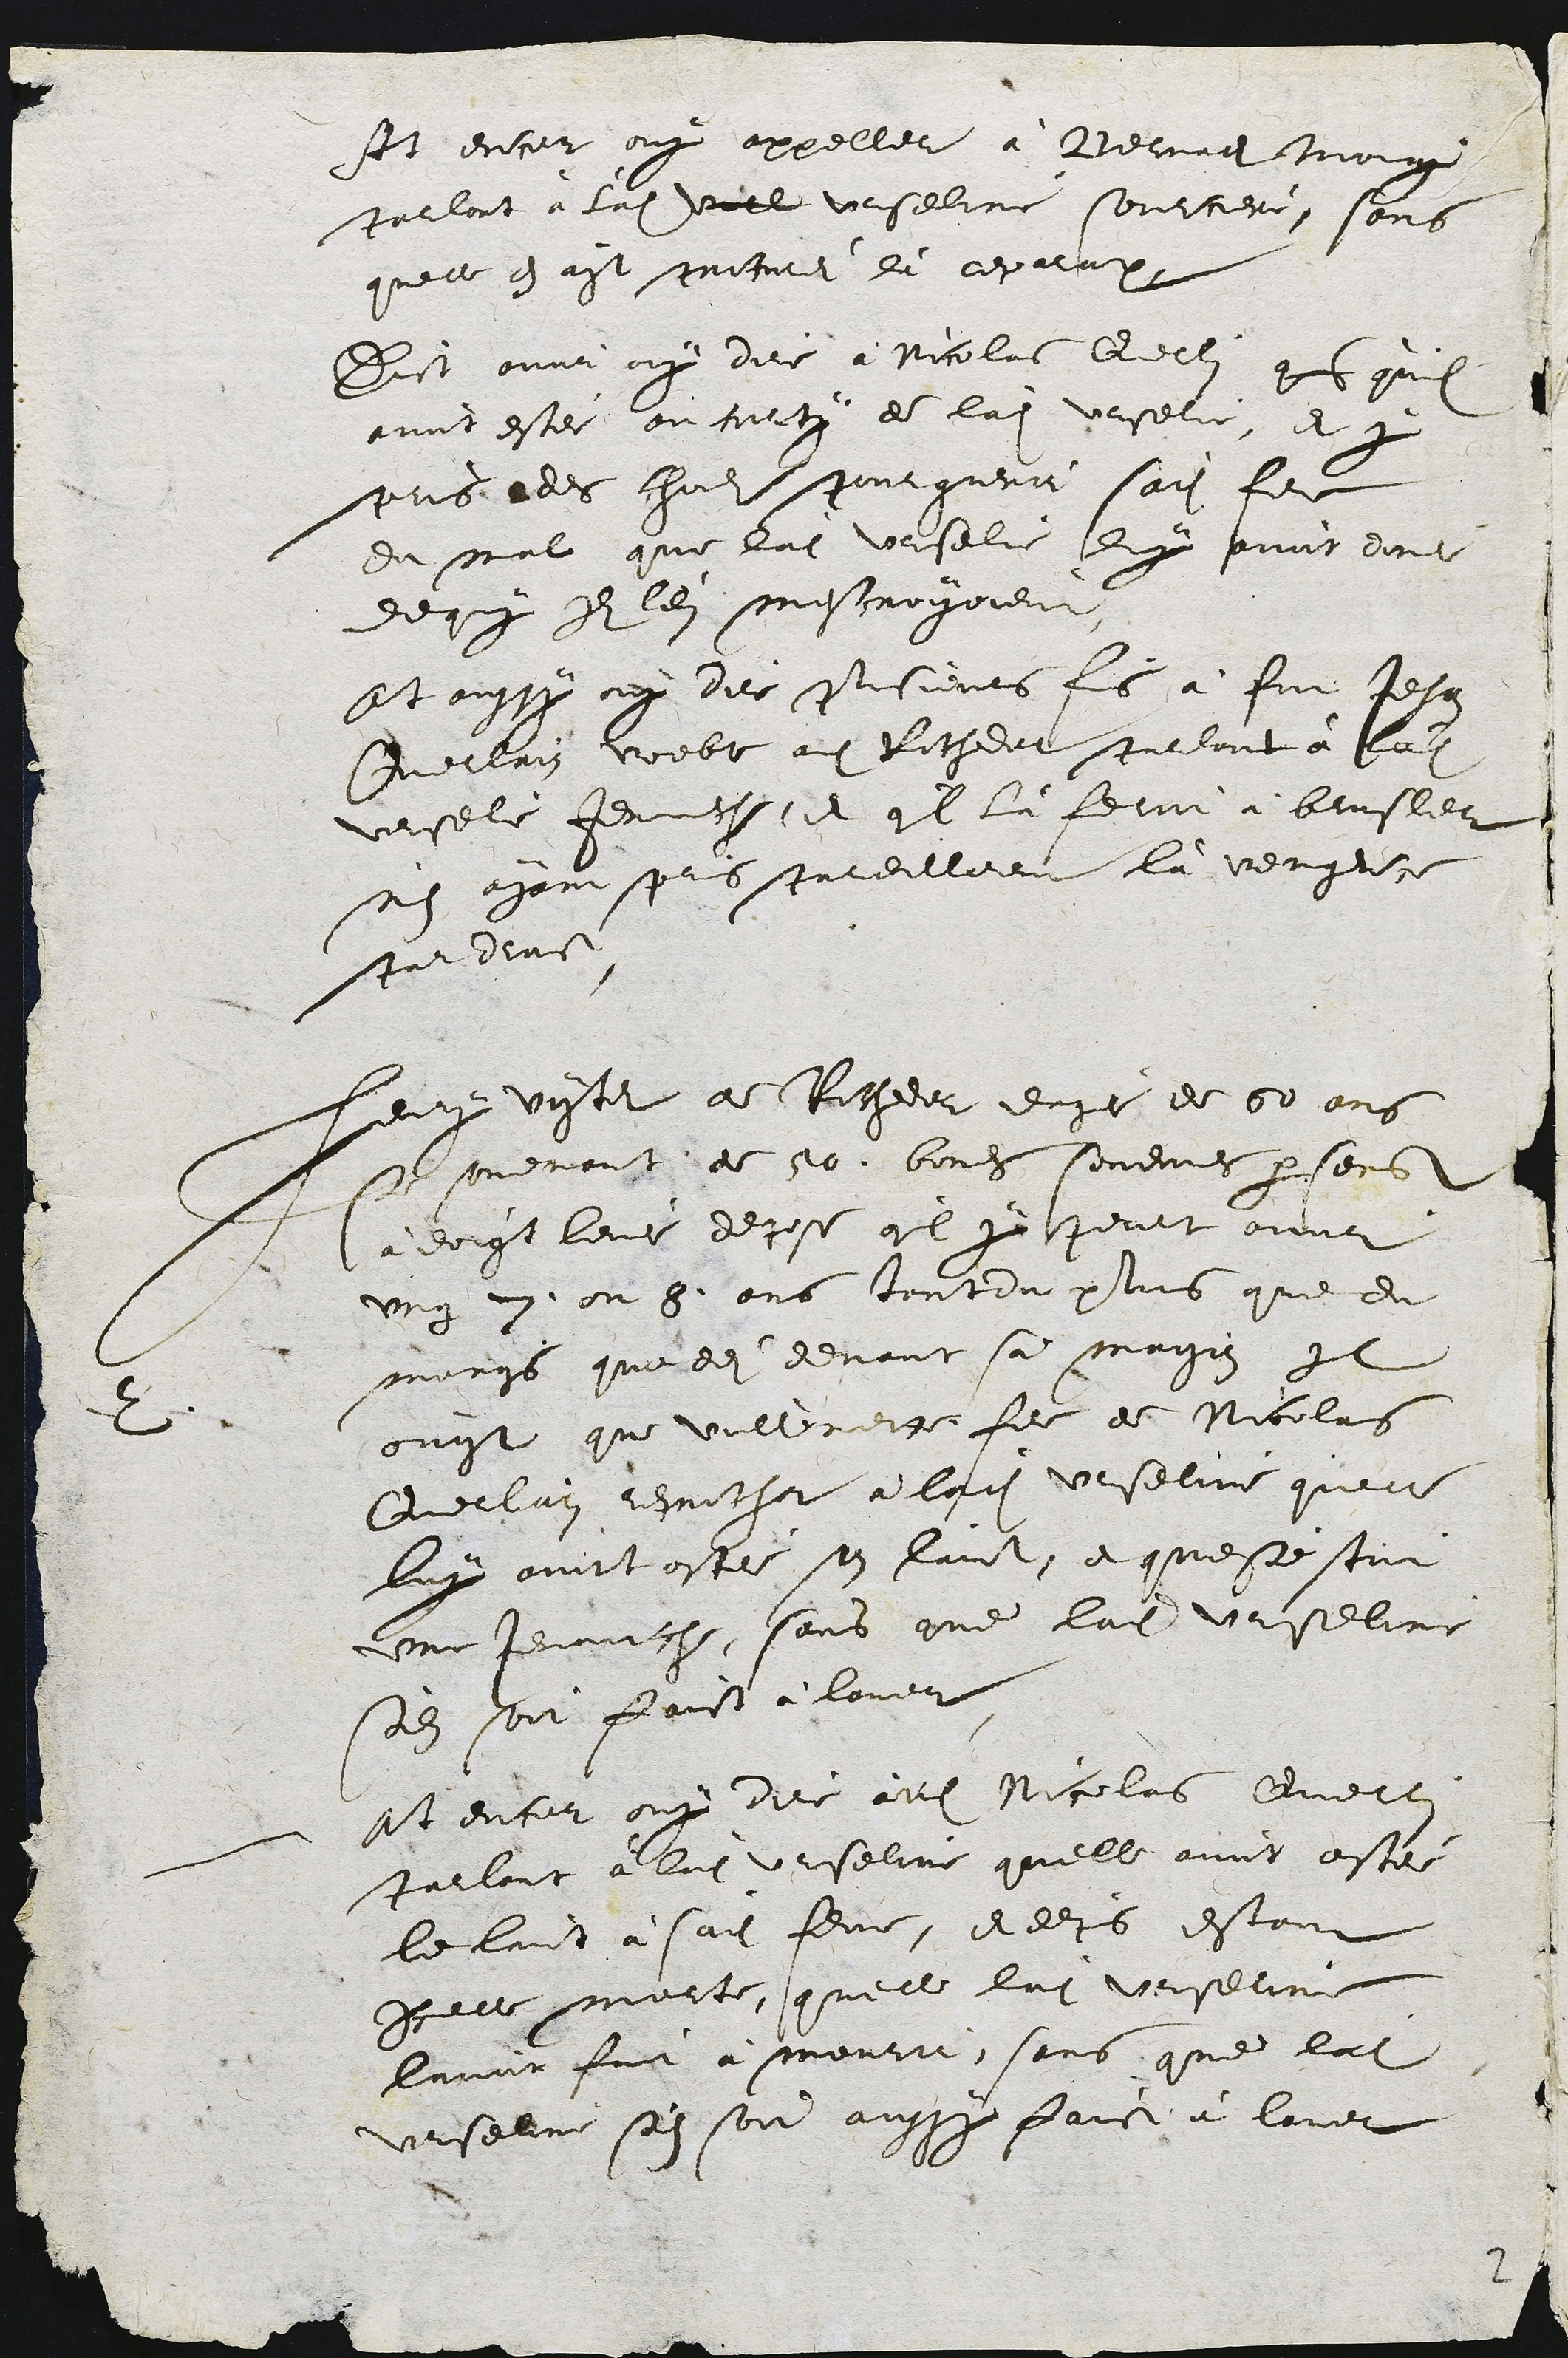
Et encor ouy appeller à Bernadi Moing
parlont à ladite verle Urseline sourciere, sans
quelle en ayt pricurei dà reparation
Dict ovor ouy dire à Nicolas Qerlin gis quil
avoit estei ou cortx de ladite Ursere, et y
pris edes chomls pour gueri sadite fee
du mal que ladite vrselie Luy puit doudit
dequy s len mescroyoient
Et aussy ouy dire Pisieurs fis à fut Jehan
enerrrin voebe adi Rithdet purlant à ladite
vrsele fermeche, et quil là ferot à brusler
n'en ayant pris pardilleent là vengrce
pardine
2
Louy viter de Richeder euye de 50 ans
se sovenant de 10. boucs sonemes par sens
Càa doigt leue depose quil y peurt avoir
ung . ou 9 ans tout du pluis que du
mongs que des devant sa maison Il
ouist que vullemette fee de Nicolas
Querlain reprocher à ladite Urseline quelle
luy avoit ostee son laict, et qu'este stoit
une Jenauche, sans que ladite Urseline
sol soit faict à lavor
àt encor ouy dire audit Nicolas Querle
parlont à ladite Urseline quelle avoit astei
le luict à sadite feme, et deprs estant
Parte morte, qu'elle ladite Urserine
lavoir fuit à mourir sans que ladite
vrselue sen son aussy faict à lover

2